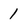
Character: 1